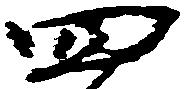
四